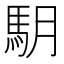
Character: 𩢋